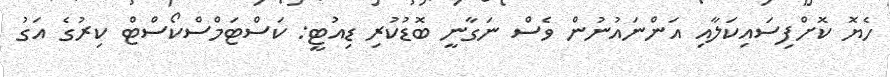
ހެޔޮ ކޮށްފިސައިކަލާއި އަންނައުނުން ވެސް ނަގާނީ ބޮޑުކުރި ޑިއުޓީ: ކަސްޓަމްސްކޯސްޓް ކިރުގެ އަގު